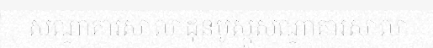
សណ្ឋាគារសាលាដុនបូស្កូសណ្ឋាគារសាលា